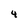
Character: 4